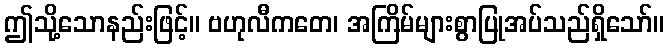
ဤသို့သောနည်းဖြင့်။ ဗဟုလီကတေ၊ အကြိမ်များစွာပြုအပ်သည်ရှိသော်။